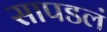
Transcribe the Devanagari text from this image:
सापडलं